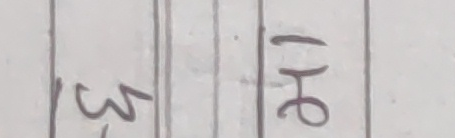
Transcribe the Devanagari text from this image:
१३ १५